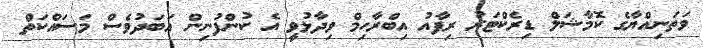
ވަތަނިއްޔާގެ ކޮމާޝަލް ޑިރެކްޓަރު ރިފާއު އިބްރާހިމް ވިދާޅުވީ އެ ކުންފުނިން އަބަދުވެސް މަސައްކަތް